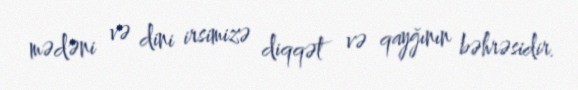
mədəni və dini irsimizə diqqət və qayğının bəhrəsidir.